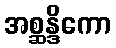
အစ္ဆန္ဒိကော